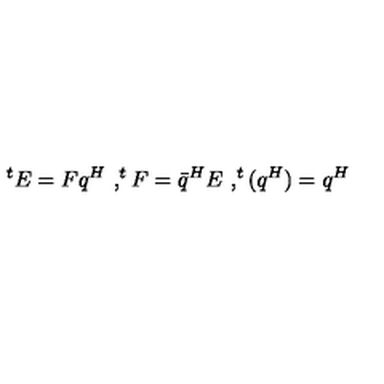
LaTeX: ^ t E = F q ^ { H } \ , ^ { t } F = \bar { q } ^ { H } E \ , ^ { t } ( q ^ { H } ) = q ^ { H }